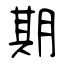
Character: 期